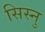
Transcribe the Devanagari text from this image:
सिस्नु